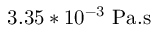
3 . 3 5 * 1 0 ^ { - 3 } ~ \mathrm { P a } . \mathrm { s }